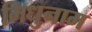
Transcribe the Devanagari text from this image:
मिधुनाम